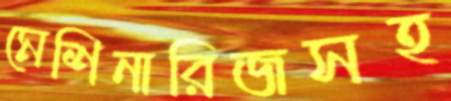
মেশিনারিজসহ